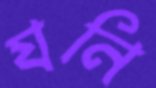
যনি